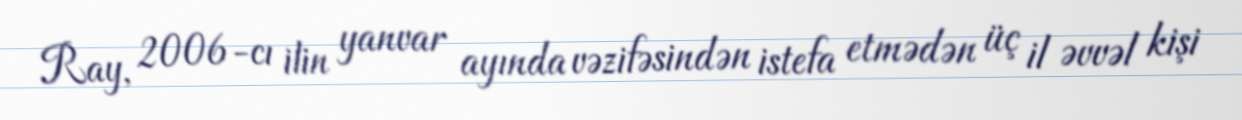
Ray, 2006-cı ilin yanvar ayında vəzifəsindən istefa etmədən üç il əvvəl kişi